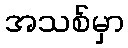
အသစ်မှာ